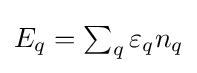
{\textstyle E_{q}=\sum _{q}\varepsilon _{q}n_{q}}